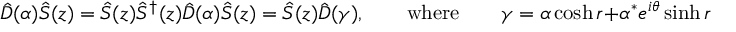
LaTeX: { \hat { D } } ( \alpha ) { \hat { S } } ( z ) = { \hat { S } } ( z ) { \hat { S } } ^ { \dagger } ( z ) { \hat { D } } ( \alpha ) { \hat { S } } ( z ) = { \hat { S } } ( z ) { \hat { D } } ( \gamma ) , \qquad { \mathrm { w h e r e } } \qquad \gamma = \alpha \cosh r + \alpha ^ { * } e ^ { i \theta } \sinh r